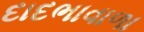
દાદભાવાળા